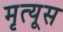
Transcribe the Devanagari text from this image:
मृत्यूस